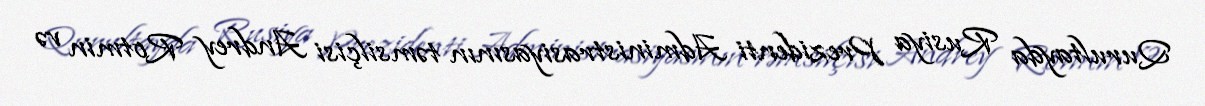
Qurultayda Rusiya Prezidenti Administrasiyasının təmsilçisi Andrey Rotmin və